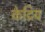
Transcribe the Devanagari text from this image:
केद्रिय